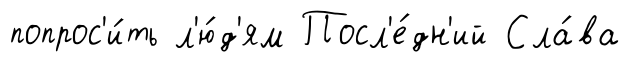
попрос'и́ть л'ю́д'ям Посл'е́дн'ий Сла́ва